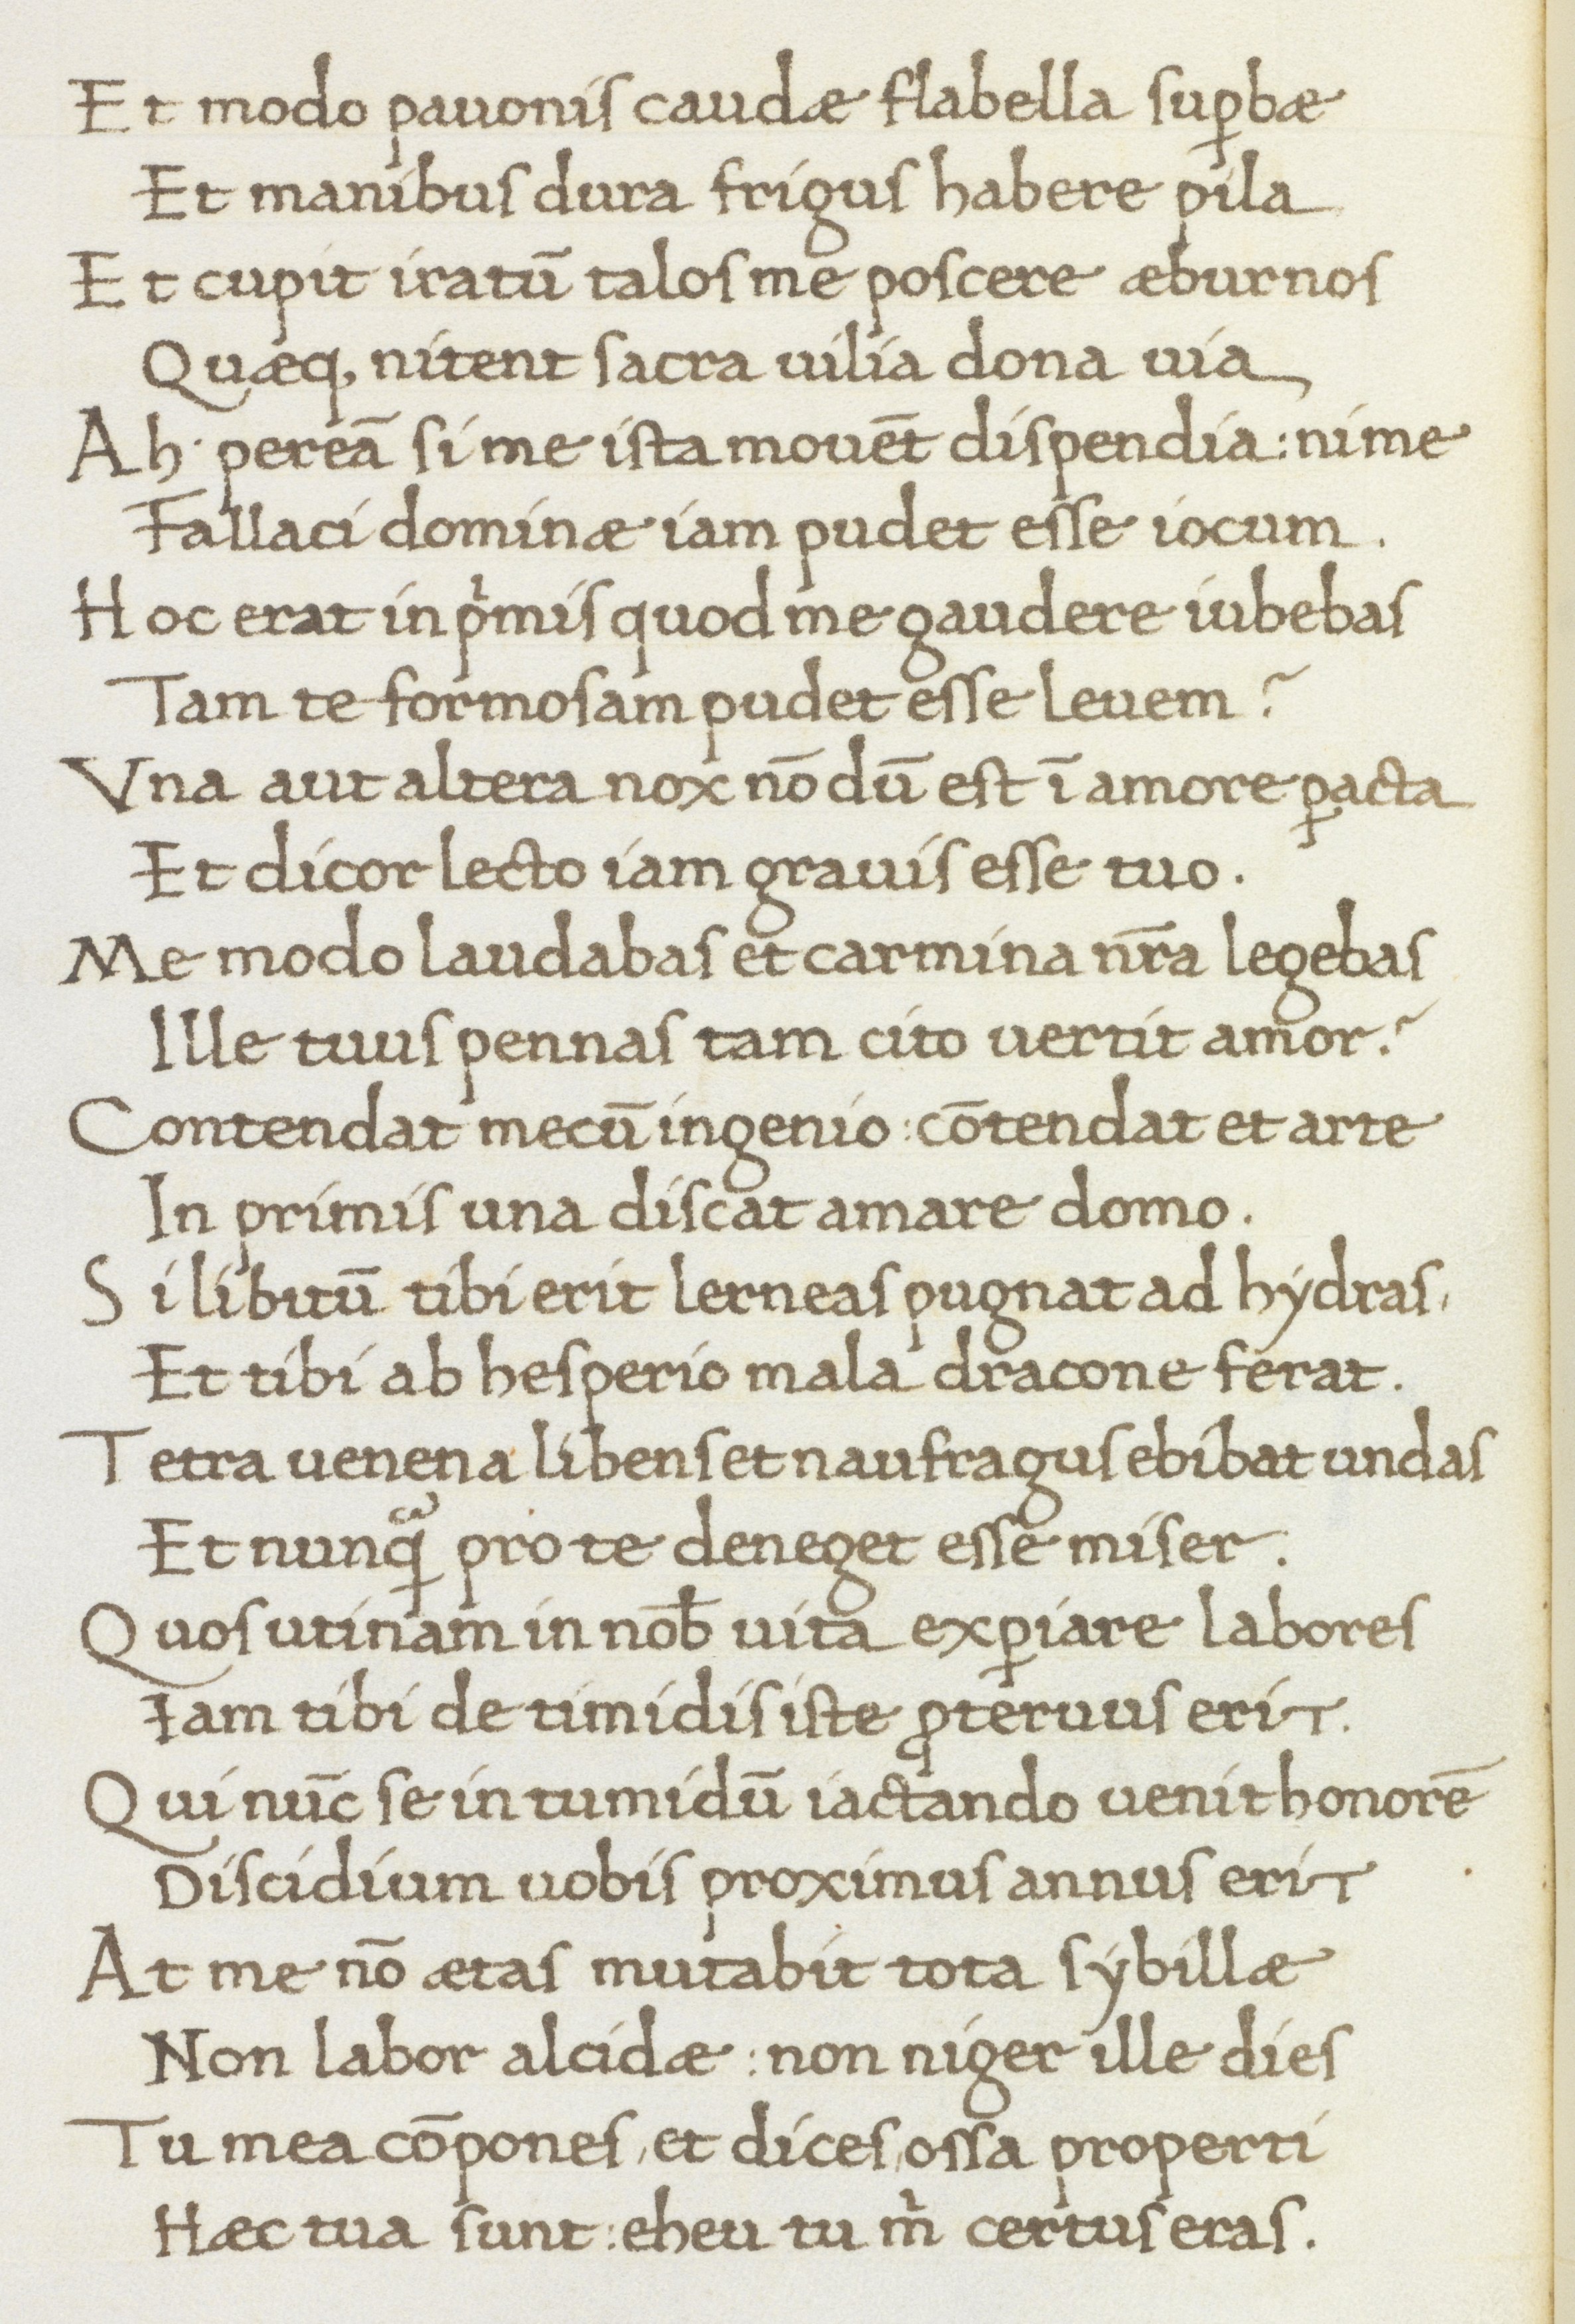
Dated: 1466–1466